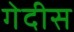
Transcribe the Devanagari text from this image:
गेदीस